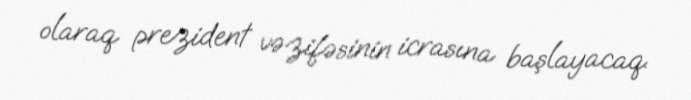
olaraq prezident vəzifəsinin icrasına başlayacaq.